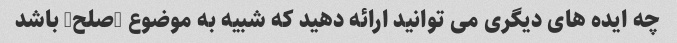
چه ایده های دیگری می توانید ارائه دهید که شبیه به موضوع "صلح" باشد